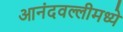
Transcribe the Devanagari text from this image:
आनंदवल्लीमध्ये